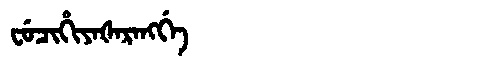
Manchu: ᠸᡠᠴᡳᡥᡳᠶᠠᡧᠠᡵᠠᠩᡤᡝ
Romanization: FUCIHIYAŠARANGGE